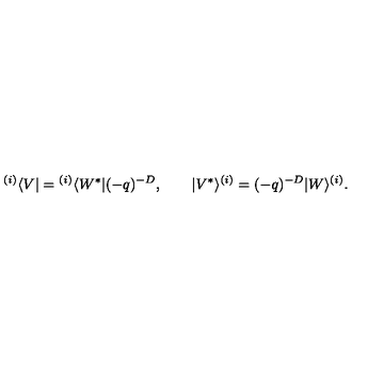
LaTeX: { } ^ { ( i ) } \langle V | = { } ^ { ( i ) } \langle W ^ { * } | ( - q ) ^ { - D } , \qquad | V ^ { * } \rangle ^ { ( i ) } = ( - q ) ^ { - D } | W \rangle ^ { ( i ) } .